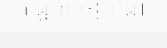
កុំធ្វើតាមខ្ញុំអីណា